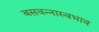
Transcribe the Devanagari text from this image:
बसवन्नास्वभाव